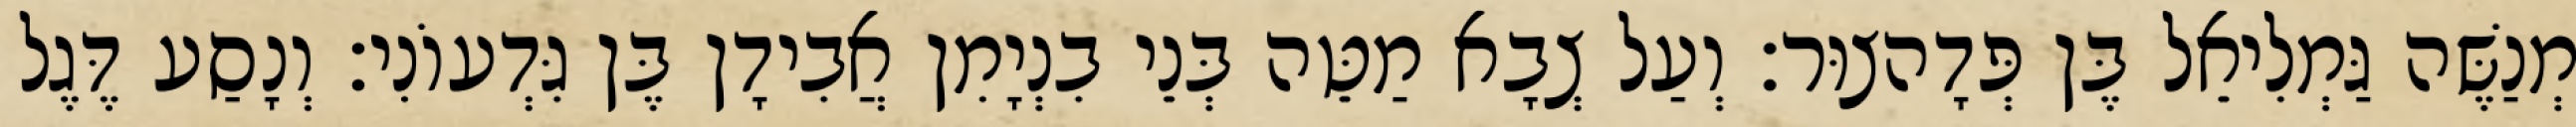
מְנַשֶּׁה גַּמְלִיאֵל בֶּן פְּדָהצוּר׃ וְעַל צְבָא מַטֵּה בְּנֵי בִנְיָמִן אֲבִידָן בֶּן גִּדְעוֹנִי׃ וְנָסַע דֶּגֶל